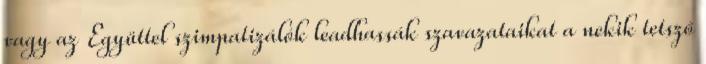
vagy az Együttel szimpatizálók leadhassák szavazataikat a nekik tetsző